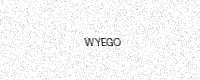
Text: WYEGO